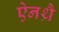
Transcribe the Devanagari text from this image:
ऐनथ्रै